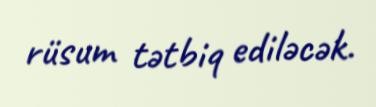
rüsum tətbiq ediləcək.